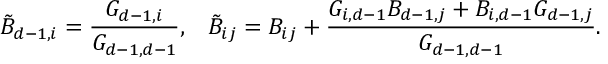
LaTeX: \tilde { B } _ { d - 1 , i } = \frac { G _ { d - 1 , i } } { G _ { d - 1 , d - 1 } } , \; \; \; \tilde { B } _ { i j } = B _ { i j } + \frac { G _ { i , d - 1 } B _ { d - 1 , j } + B _ { i , d - 1 } G _ { d - 1 , j } } { G _ { d - 1 , d - 1 } } .